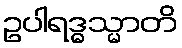
ဥပါရဒ္ဓသ္မာတိ